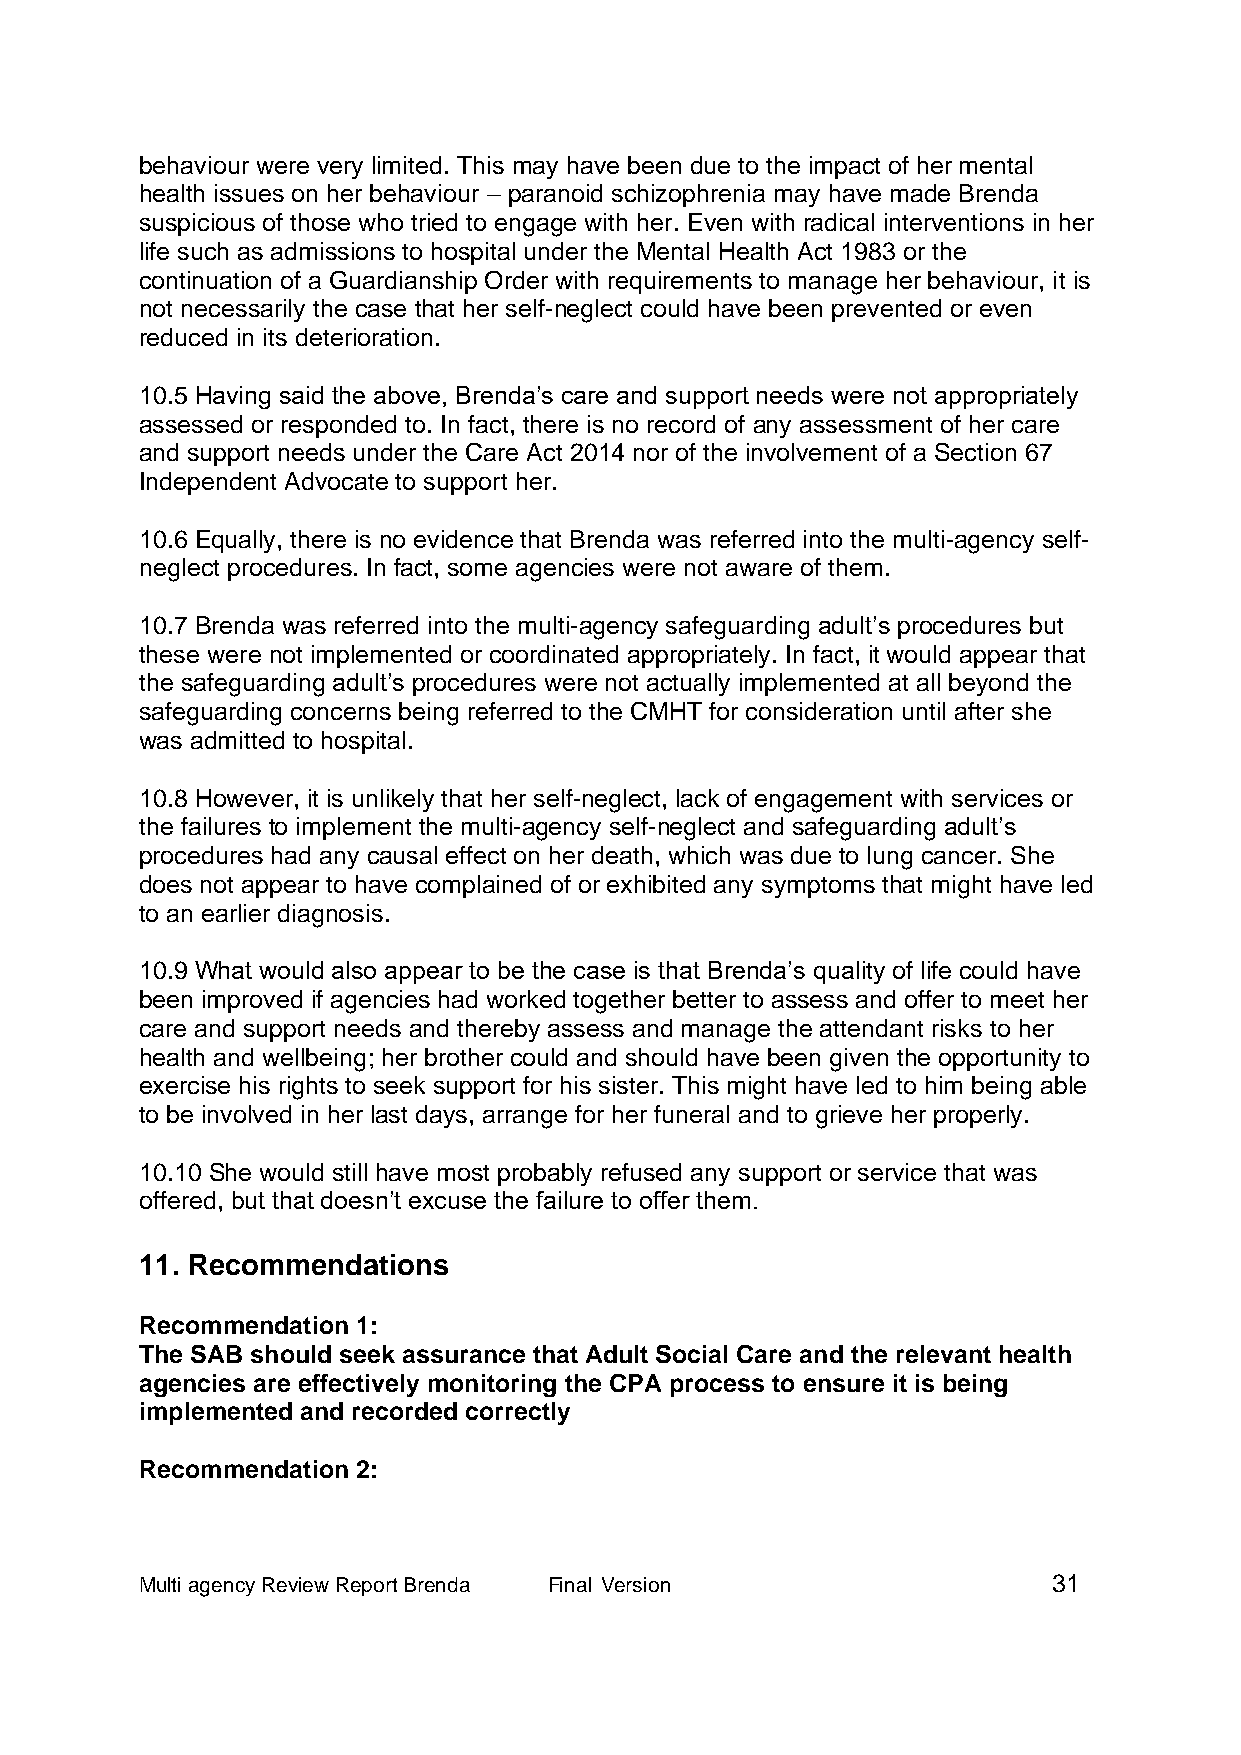
behaviour were very limited. This may have been due to the impact of her mental
 health issues on her behaviour – paranoid schizophrenia may have made Brenda
 suspicious of those who tried to engage with her. Even with radical interventions in her
 life such as admissions to hospital under the Mental Health Act 1983 or the
 continuation of a Guardianship Order with requirements to manage her behaviour, it is
 not necessarily the case that her self-neglect could have been prevented or even
 reduced in its deterioration.
 10.5 Having said the above, Brenda’s care and support needs were not appropriately
 assessed or responded to. In fact, there is no record of any assessment of her care
 and support needs under the Care Act 2014 nor of the involvement of a Section 67
 Independent Advocate to support her.
 10.6 Equally, there is no evidence that Brenda was referred into the multi-agency self-
 neglect procedures. In fact, some agencies were not aware of them.
 10.7 Brenda was referred into the multi-agency safeguarding adult’s procedures but
 these were not implemented or coordinated appropriately. In fact, it would appear that
 the safeguarding adult’s procedures were not actually implemented at all beyond the
 safeguarding concerns being referred to the CMHT for consideration until after she
 was admitted to hospital.
 10.8 However, it is unlikely that her self-neglect, lack of engagement with services or
 the failures to implement the multi-agency self-neglect and safeguarding adult’s
 procedures had any causal effect on her death, which was due to lung cancer. She
 does not appear to have complained of or exhibited any symptoms that might have led
 to an earlier diagnosis.
 10.9 What would also appear to be the case is that Brenda’s quality of life could have
 been improved if agencies had worked together better to assess and offer to meet her
 care and support needs and thereby assess and manage the attendant risks to her
 health and wellbeing; her brother could and should have been given the opportunity to
 exercise his rights to seek support for his sister. This might have led to him being able
 to be involved in her last days, arrange for her funeral and to grieve her properly.
 10.10 She would still have most probably refused any support or service that was
 offered, but that doesn’t excuse the failure to offer them.
 11. Recommendations
 Recommendation 1:
 The SAB should seek assurance that Adult Social Care and the relevant health
 agencies are effectively monitoring the CPA process to ensure it is being
 implemented and recorded correctly
 Recommendation 2:
 Multi agency Review Report Brenda Final Version              31